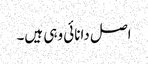
اصل دانائی وہی ہیں۔